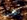
تؤذيه